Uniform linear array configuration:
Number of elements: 24
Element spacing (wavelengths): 1
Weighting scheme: cosine
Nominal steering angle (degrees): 0
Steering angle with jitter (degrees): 0.5229
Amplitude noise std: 0.05
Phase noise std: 0.05

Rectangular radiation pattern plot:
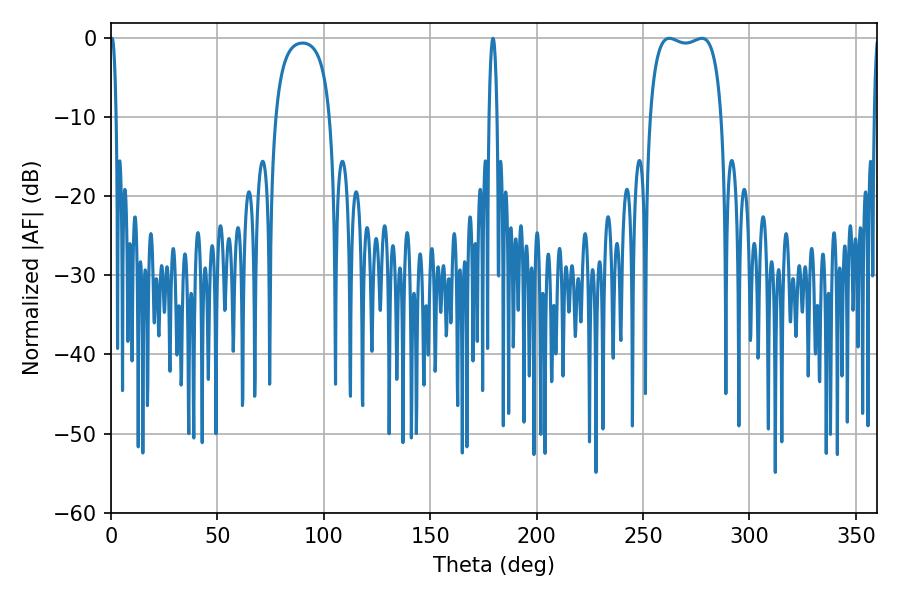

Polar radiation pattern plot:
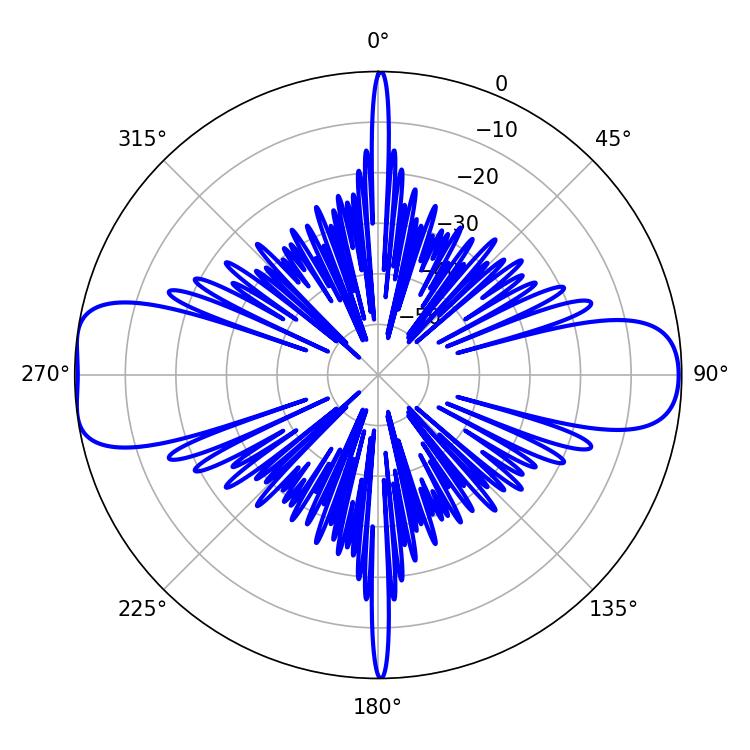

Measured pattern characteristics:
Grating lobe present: TRUE
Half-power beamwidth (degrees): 27
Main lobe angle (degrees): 262.26